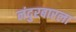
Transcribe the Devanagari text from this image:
नंदुरबारला